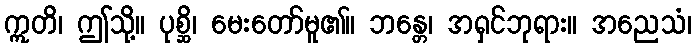
ဣတိ၊ ဤသို့။ ပုစ္ဆိ၊ မေးတော်မူ၏။ ဘန္တေ၊ အရှင်ဘုရား။ အညေသံ၊